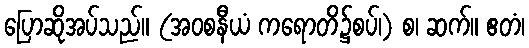
ပြောဆိုအပ်သည်။ (အဝစနီယံ ကရောတိ၌စပ်၊) စ၊ ဆက်။ ဧတံ၊